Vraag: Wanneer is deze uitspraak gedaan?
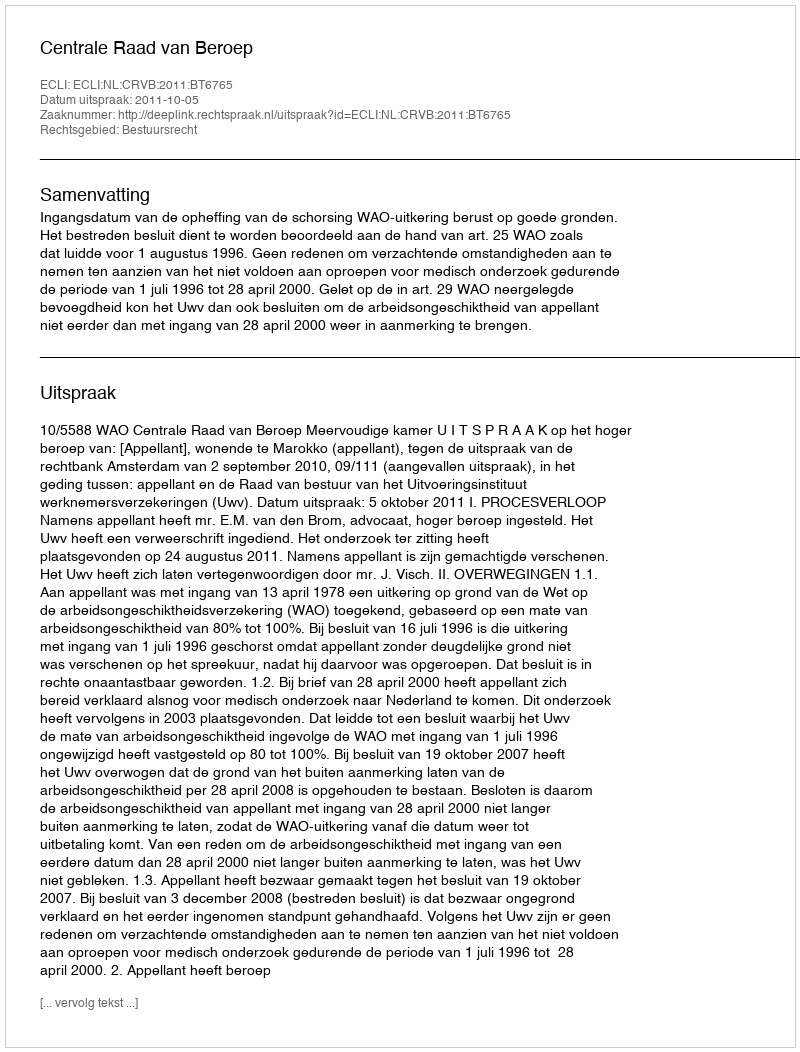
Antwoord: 2011-10-05